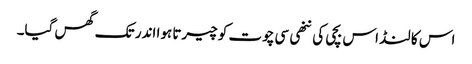
اس کا لنڈ اس بچی کی ننھی سی چوت کو چیرتا ہوا اندر تک گھس گیا۔